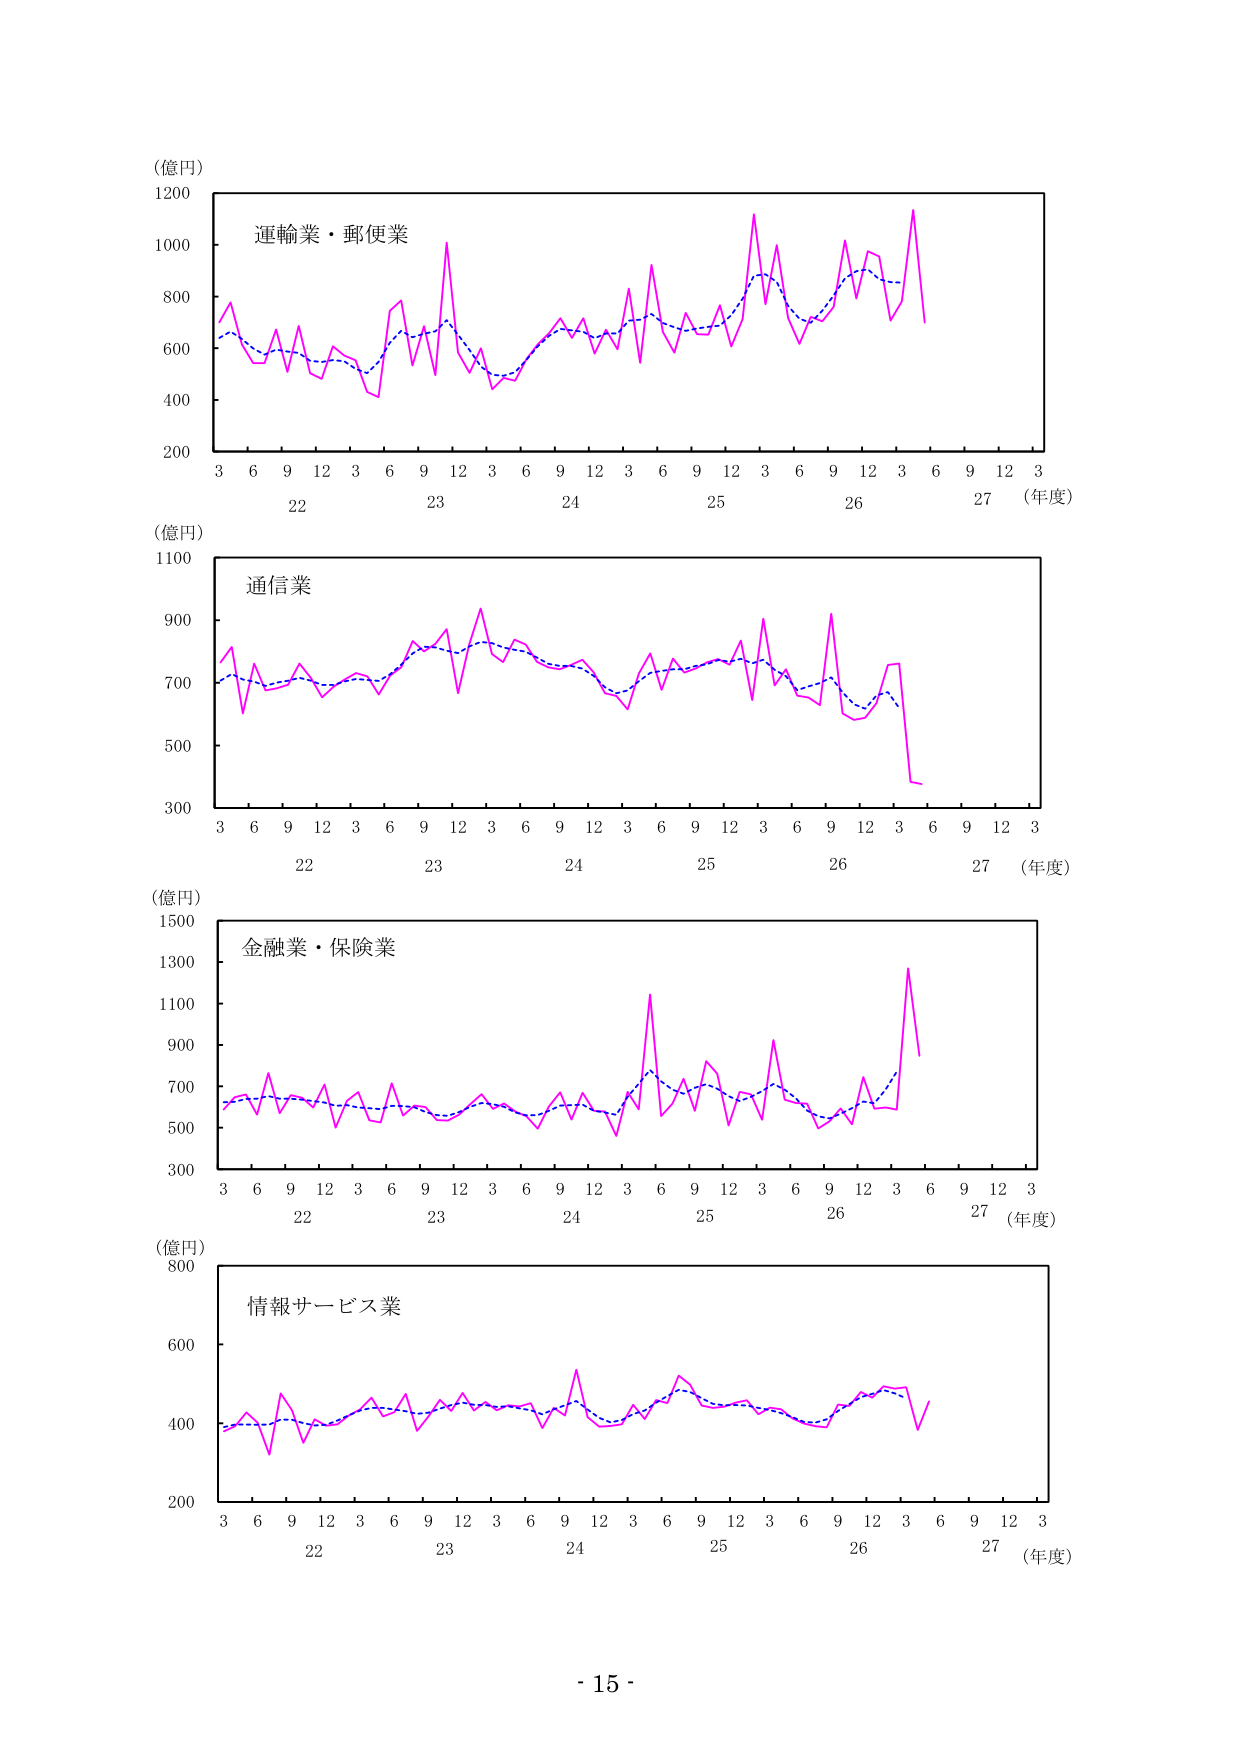
(億円)
1200
運輸業・郵便業
1000
800
600
400
200
3 6 9 12 3 6 9 12 3 6 9 12 3 6 9 12 3 6 9 12 3
22 23 24 25 26 27 (年度)

(億円)
1100
通信業
900
700
500
300
3 6 9 12 3 6 9 12 3 6 9 12 3 6 9 12 3 6 9 12 3
22 23 24 25 26 27 (年度)

(億円)
1500
金融業・保険業
1300
1100
900
700
500
300
3 6 9 12 3 6 9 12 3 6 9 12 3 6 9 12 3 6 9 12 3
22 23 24 25 26 27 (年度)

(億円)
800
情報サービス業
600
400
200
3 6 9 12 3 6 9 12 3 6 9 12 3 6 9 12 3 6 9 12 3
22 23 24 25 26 27 (年度)

- 15 -